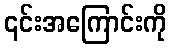
၎င်းအကြောင်းကို